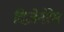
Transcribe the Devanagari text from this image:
दिजेनेरेस